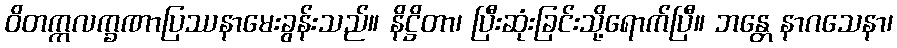
ဝိတက္ကလက္ခဏာပြဿနာမေးခွန်းသည်။ နိဋ္ဌိတာ၊ ပြီးဆုံးခြင်းသို့ရောက်ပြီ။ ဘန္တေ နာဂသေနာ၊